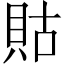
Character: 𧵑